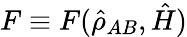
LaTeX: F\equiv F(\hat{\rho}_{AB},\hat{H})